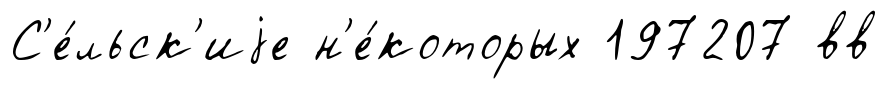
С'е́льск'иjе н'е́которых 197207 вв